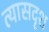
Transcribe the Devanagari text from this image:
त्यासदृश